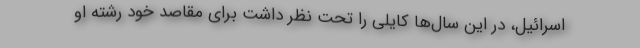
اسرائیل، در این سال‌ها کایلی را تحت نظر داشت برای مقاصد خود رشته او